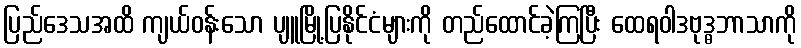
ပြည်ဒေသအထိ ကျယ်ဝန်းသော ပျူမြို့ပြနိုင်ငံများကို တည်ထောင်ခဲ့ကြပြီး ထေရဝါဒဗုဒ္ဓဘာသာကို